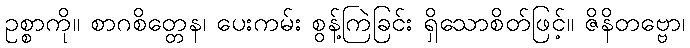
ဥစ္စာကို။ စာဂစိတ္တေန၊ ပေးကမ်း စွန့်ကြဲခြင်း ရှိသောစိတ်ဖြင့်။ ဇိနိတဗ္ဗော၊